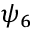
\psi _ { 6 }